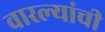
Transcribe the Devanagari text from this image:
वारल्यांची